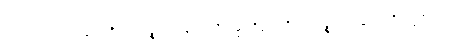
တစ်ပေါင်းတည်းပြု၍။ ဝိညာဏဉ္စာယတနံသမတိက္ကမ္မာတိဣဒံ၊ ဝိညာဏဉ္စာယတနံသမတိက္ကမ္မဟူသော